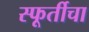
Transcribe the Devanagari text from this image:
स्फूर्तीचा